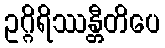
ဥဂ္ဂိရိဿန္တီတိပေ